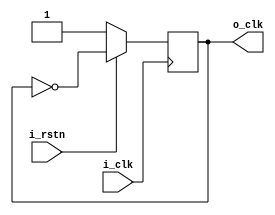
module HALFCLOCK (
    input i_clk,
    input i_rstn,
    output reg o_clk
);
always @(posedge i_clk) begin
    if(!i_rstn) o_clk <= 1;
    else o_clk <= ~o_clk;
end
    
endmodule